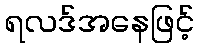
ရလဒ်အနေဖြင့်